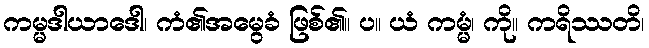
ကမ္မဒါယာဒေါ၊ ကံ၏အမွေခံ ဖြစ်၏။ ပ။ ယံ ကမ္မံ၊ ကို။ ကရိဿတိ၊